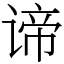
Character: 谛